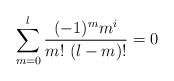
\begin{align*}\sum_{m=0}^l \frac{(-1)^m m^i}{m!\ (l-m)!}=0\end{align*}